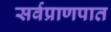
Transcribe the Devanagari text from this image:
सर्वप्राणपात